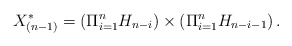
\begin{align*}X_{(n-1)}^{\ast}=\displaystyle{(\Pi_{i=1}^{n} H_{n-i}) \times (\Pi_{i=1}^{n} H_{n-i-1})}\,.\end{align*}